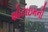
શોટાઇમની